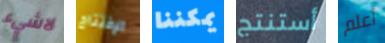
لاشيء الإفتتاح يمكننا أستنتج أعلم